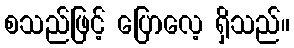
စသည်ဖြင့် ပြောလေ့ ရှိသည်။